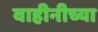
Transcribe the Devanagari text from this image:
वाहीनीच्या